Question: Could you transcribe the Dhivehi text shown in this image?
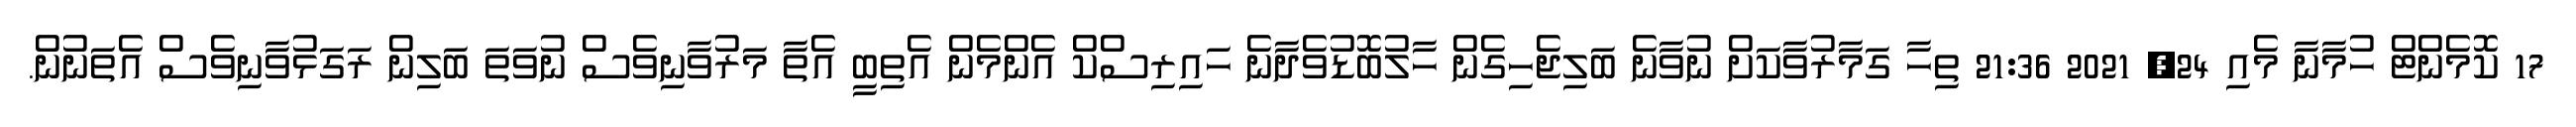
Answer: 17 ކޮމެންޓް ހުމާނާ މެއި 24, 2021 21:36 ތިހާ ގަމާރުވާކަށް ނުވާނެ ބަލިޖެހިގެން ހާލުބޮޑުވެދާނެ ހައިރިސްކް އެންމެން އެތިބީ އެތާ މަރުވާނިވެސް ނުވަތަ ބަލިން ރަގަޅުވާނިވެސް އެތަނުން.